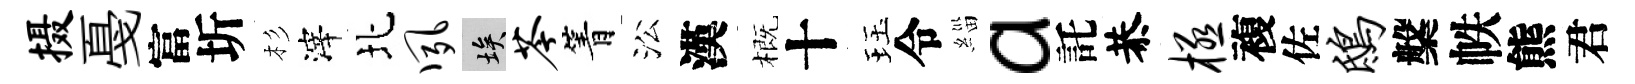
摄戞富圻杉滓北夙埃苓箐㳂漢概十珏令緇a託恭极複佐鸱槃帙熊君